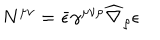
N ^ { \mu \nu } = \bar { \epsilon } \gamma ^ { \mu \nu \rho } \widehat \nabla _ { \rho } \epsilon